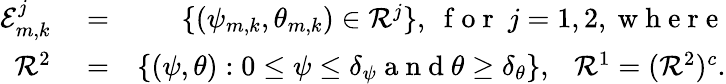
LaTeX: \begin{array}{rlr}{\mathcal{E}_{m,k}^{j}}&{{}=}&{\{ (\psi_{m,k},\theta_{m,k})\in\mathcal{R}^{j}\} ,\ \mathrm{~f~o~r~}\ j=1,2,\mathrm{~w~h~e~r~e~}}\\ {\mathcal{R}^{2}}&{{}=}&{\{ (\psi,\theta):0\leq\psi\leq\delta_{\psi}\mathrm{~a~n~d~}\theta\geq\delta_{\theta}\} ,\ \ \ \mathcal{R}^{1}=(\mathcal{R}^{2})^{c}.}\end{array}